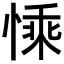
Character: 𢟊